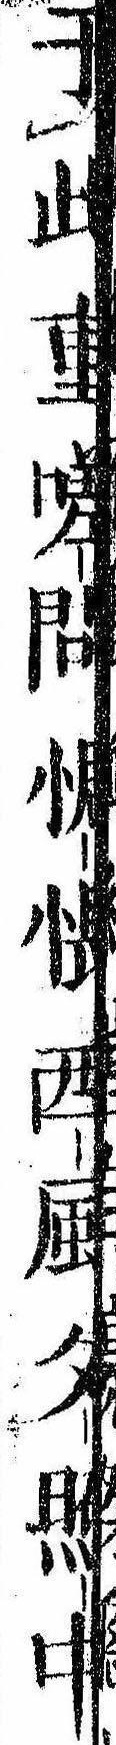
于此重嗟問惆悵西風夕照中